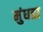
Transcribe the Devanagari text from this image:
मुंधडा